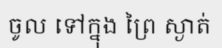
ចូល ទៅក្នុង ព្រៃ ស្ងាត់